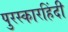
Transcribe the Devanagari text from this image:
पुरस्कारहिंदी